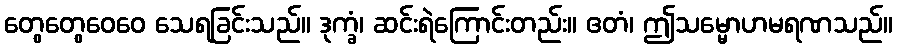
တွေတွေဝေဝေ သေရခြင်းသည်။ ဒုက္ခံ၊ ဆင်းရဲကြောင်းတည်း။ ဧတံ၊ ဤသမ္မောဟမရဏသည်။